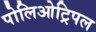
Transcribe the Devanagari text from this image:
पोलिओट्रिपल